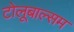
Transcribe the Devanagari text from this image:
टोलूबाल्सम